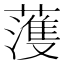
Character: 𮑮